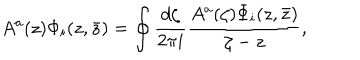
A ^ { a } ( z ) \Phi _ { i } ( z , \bar { z } ) = \oint { \frac { d \zeta } { 2 \pi i } } { \frac { A ^ { a } ( \zeta ) \Phi _ { i } ( z , \bar { z } ) } { \zeta - z } } ,